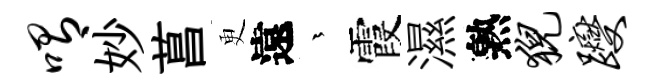
喟妙菖更遠茫霞濕熟猊躞